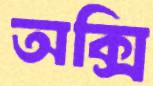
অক্সি